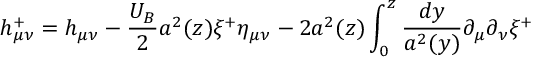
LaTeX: h _ { \mu \nu } ^ { + } = h _ { \mu \nu } - \frac { U _ { B } } { 2 } a ^ { 2 } ( z ) \xi ^ { + } \eta _ { \mu \nu } - 2 a ^ { 2 } ( z ) \int _ { 0 } ^ { z } \frac { d y } { a ^ { 2 } ( y ) } \partial _ { \mu } \partial _ { \nu } \xi ^ { + }